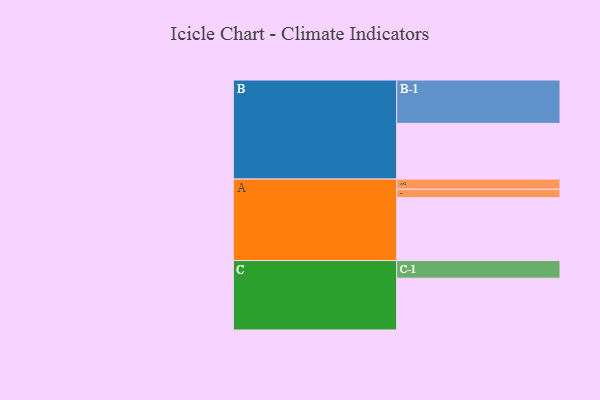
{"axis": {"x": "Segment", "y": "Value"}, "legend": ["", "A", "B", "C"], "data": [{"x": "A", "y": 371, "type": ""}, {"x": "B", "y": 329, "type": ""}, {"x": "C", "y": 306, "type": ""}, {"x": "A-1", "y": 50, "type": "A"}, {"x": "A-2", "y": 60, "type": "A"}, {"x": "B-1", "y": 256, "type": "B"}, {"x": "C-1", "y": 104, "type": "C"}]}